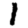
Digit: 1